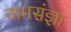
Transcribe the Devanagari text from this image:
नामसंज्ञा